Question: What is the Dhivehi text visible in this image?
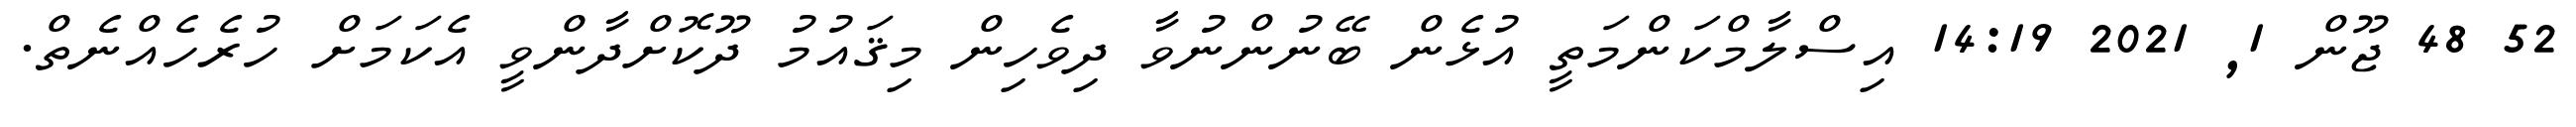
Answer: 52 48 ޖޫން 1, 2021 14:19 އިސްލާމްކަންމަތީ އުޅެން ބޭނުންނުވާ ދިވެހިން މިޤައުމު ދޫކޮށްދާންވީ އެކަމަށް ހުރެހެއްނެތް.